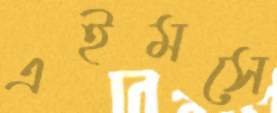
এইমসে